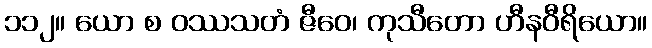
၁၁၂။ ယော စ ဝဿသတံ ဇီဝေ၊ ကုသီတော ဟီနဝီရိယော။